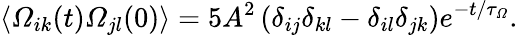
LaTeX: \langle\varOmega_{ik}(t)\varOmega_{jl}(0)\rangle=5A^{2}\left(\delta_{ij}\delta_{kl}-\delta_{il}\delta_{jk}\right)e^{-t/\tau_{\varOmega}}.